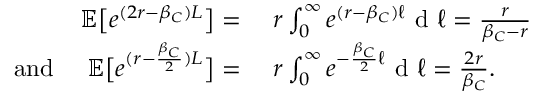
\begin{array} { r l } { { \mathbb { E } } \big [ e ^ { ( 2 r - \beta _ { C } ) L } \big ] = } & { \ r \int _ { 0 } ^ { \infty } e ^ { ( r - \beta _ { C } ) \ell } \textup { d } \ell = \frac { r } { \beta _ { C } - r } } \\ { \quad \mathrm { ~ a n d ~ } \quad { \mathbb { E } } \big [ e ^ { ( r - \frac { \beta _ { C } } { 2 } ) L } \big ] = } & { \ r \int _ { 0 } ^ { \infty } e ^ { - \frac { \beta _ { C } } { 2 } \ell } \textup { d } \ell = \frac { 2 r } { \beta _ { C } } . } \end{array}